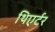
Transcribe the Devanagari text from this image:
थिएर्टर